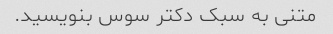
متنی به سبک دکتر سوس بنویسید.